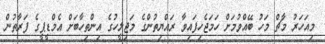
މިއަހަރު މާޗް މަހު ބޭއްވުމަށް ހަމަޖެހިފައިވާ ރައްޔިތުންގެ މަޖިލީހުގެ އިންތިހާބަށް އެމްޑީޕީގެ ފަރާތުން